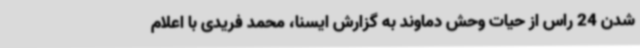
شدن 24 راس از حیات وحش دماوند به گزارش ایسنا، محمد فریدی با اعلام